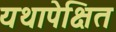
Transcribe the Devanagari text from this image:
यथापेक्षित